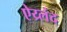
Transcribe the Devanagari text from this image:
ऐय्र्लंद